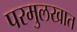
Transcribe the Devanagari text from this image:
परमुलखात